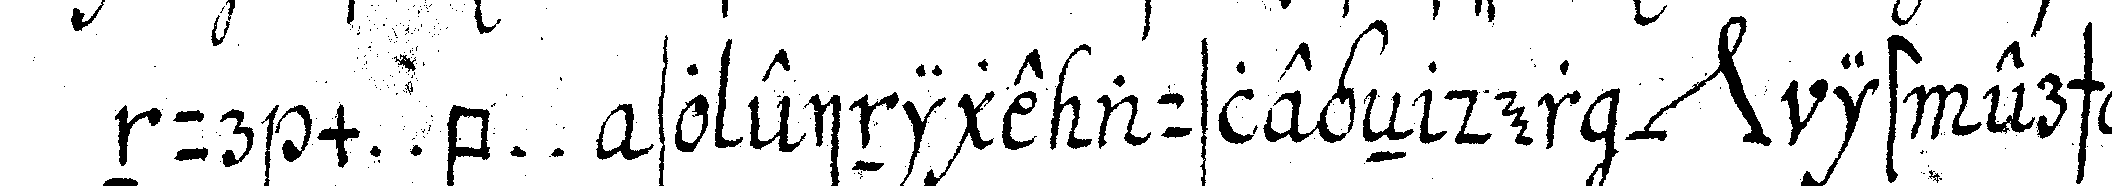
nur m . . b . . so einige auslegeN der *nee* ist erschla